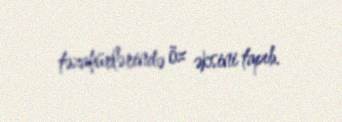
təzahürlərində öz əksini tapıb.